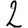
Digit: 2